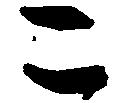
こ